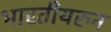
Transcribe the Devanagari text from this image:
भारतीयरुन